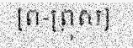
[ព-ព្រុស]